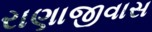
રાણાજીવાસ